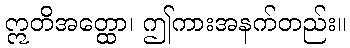
ဣတိအတ္ထော၊ ဤကားအနက်တည်း။